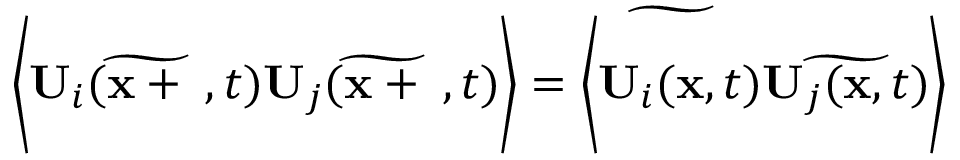
\begin{array} { r } { \bigg \langle \widetilde { \mathbf { U } _ { i } ( \mathbf { x } + \mathbf { \ell } , t ) } \widetilde { \mathbf { U } _ { j } ( \mathbf { x } + \mathbf { \ell } , t ) } \bigg \rangle = \widetilde { \bigg \langle \mathbf { U } _ { i } ( \mathbf { x } , t ) } \widetilde { \mathbf { U } _ { j } ( \mathbf { x } , t ) } \bigg \rangle } \end{array}